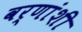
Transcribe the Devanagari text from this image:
वर्णांशी